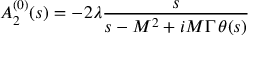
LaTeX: A _ { 2 } ^ { ( 0 ) } ( s ) = - 2 \lambda \frac { s } { s - M ^ { 2 } + i M \Gamma \, \theta ( s ) }